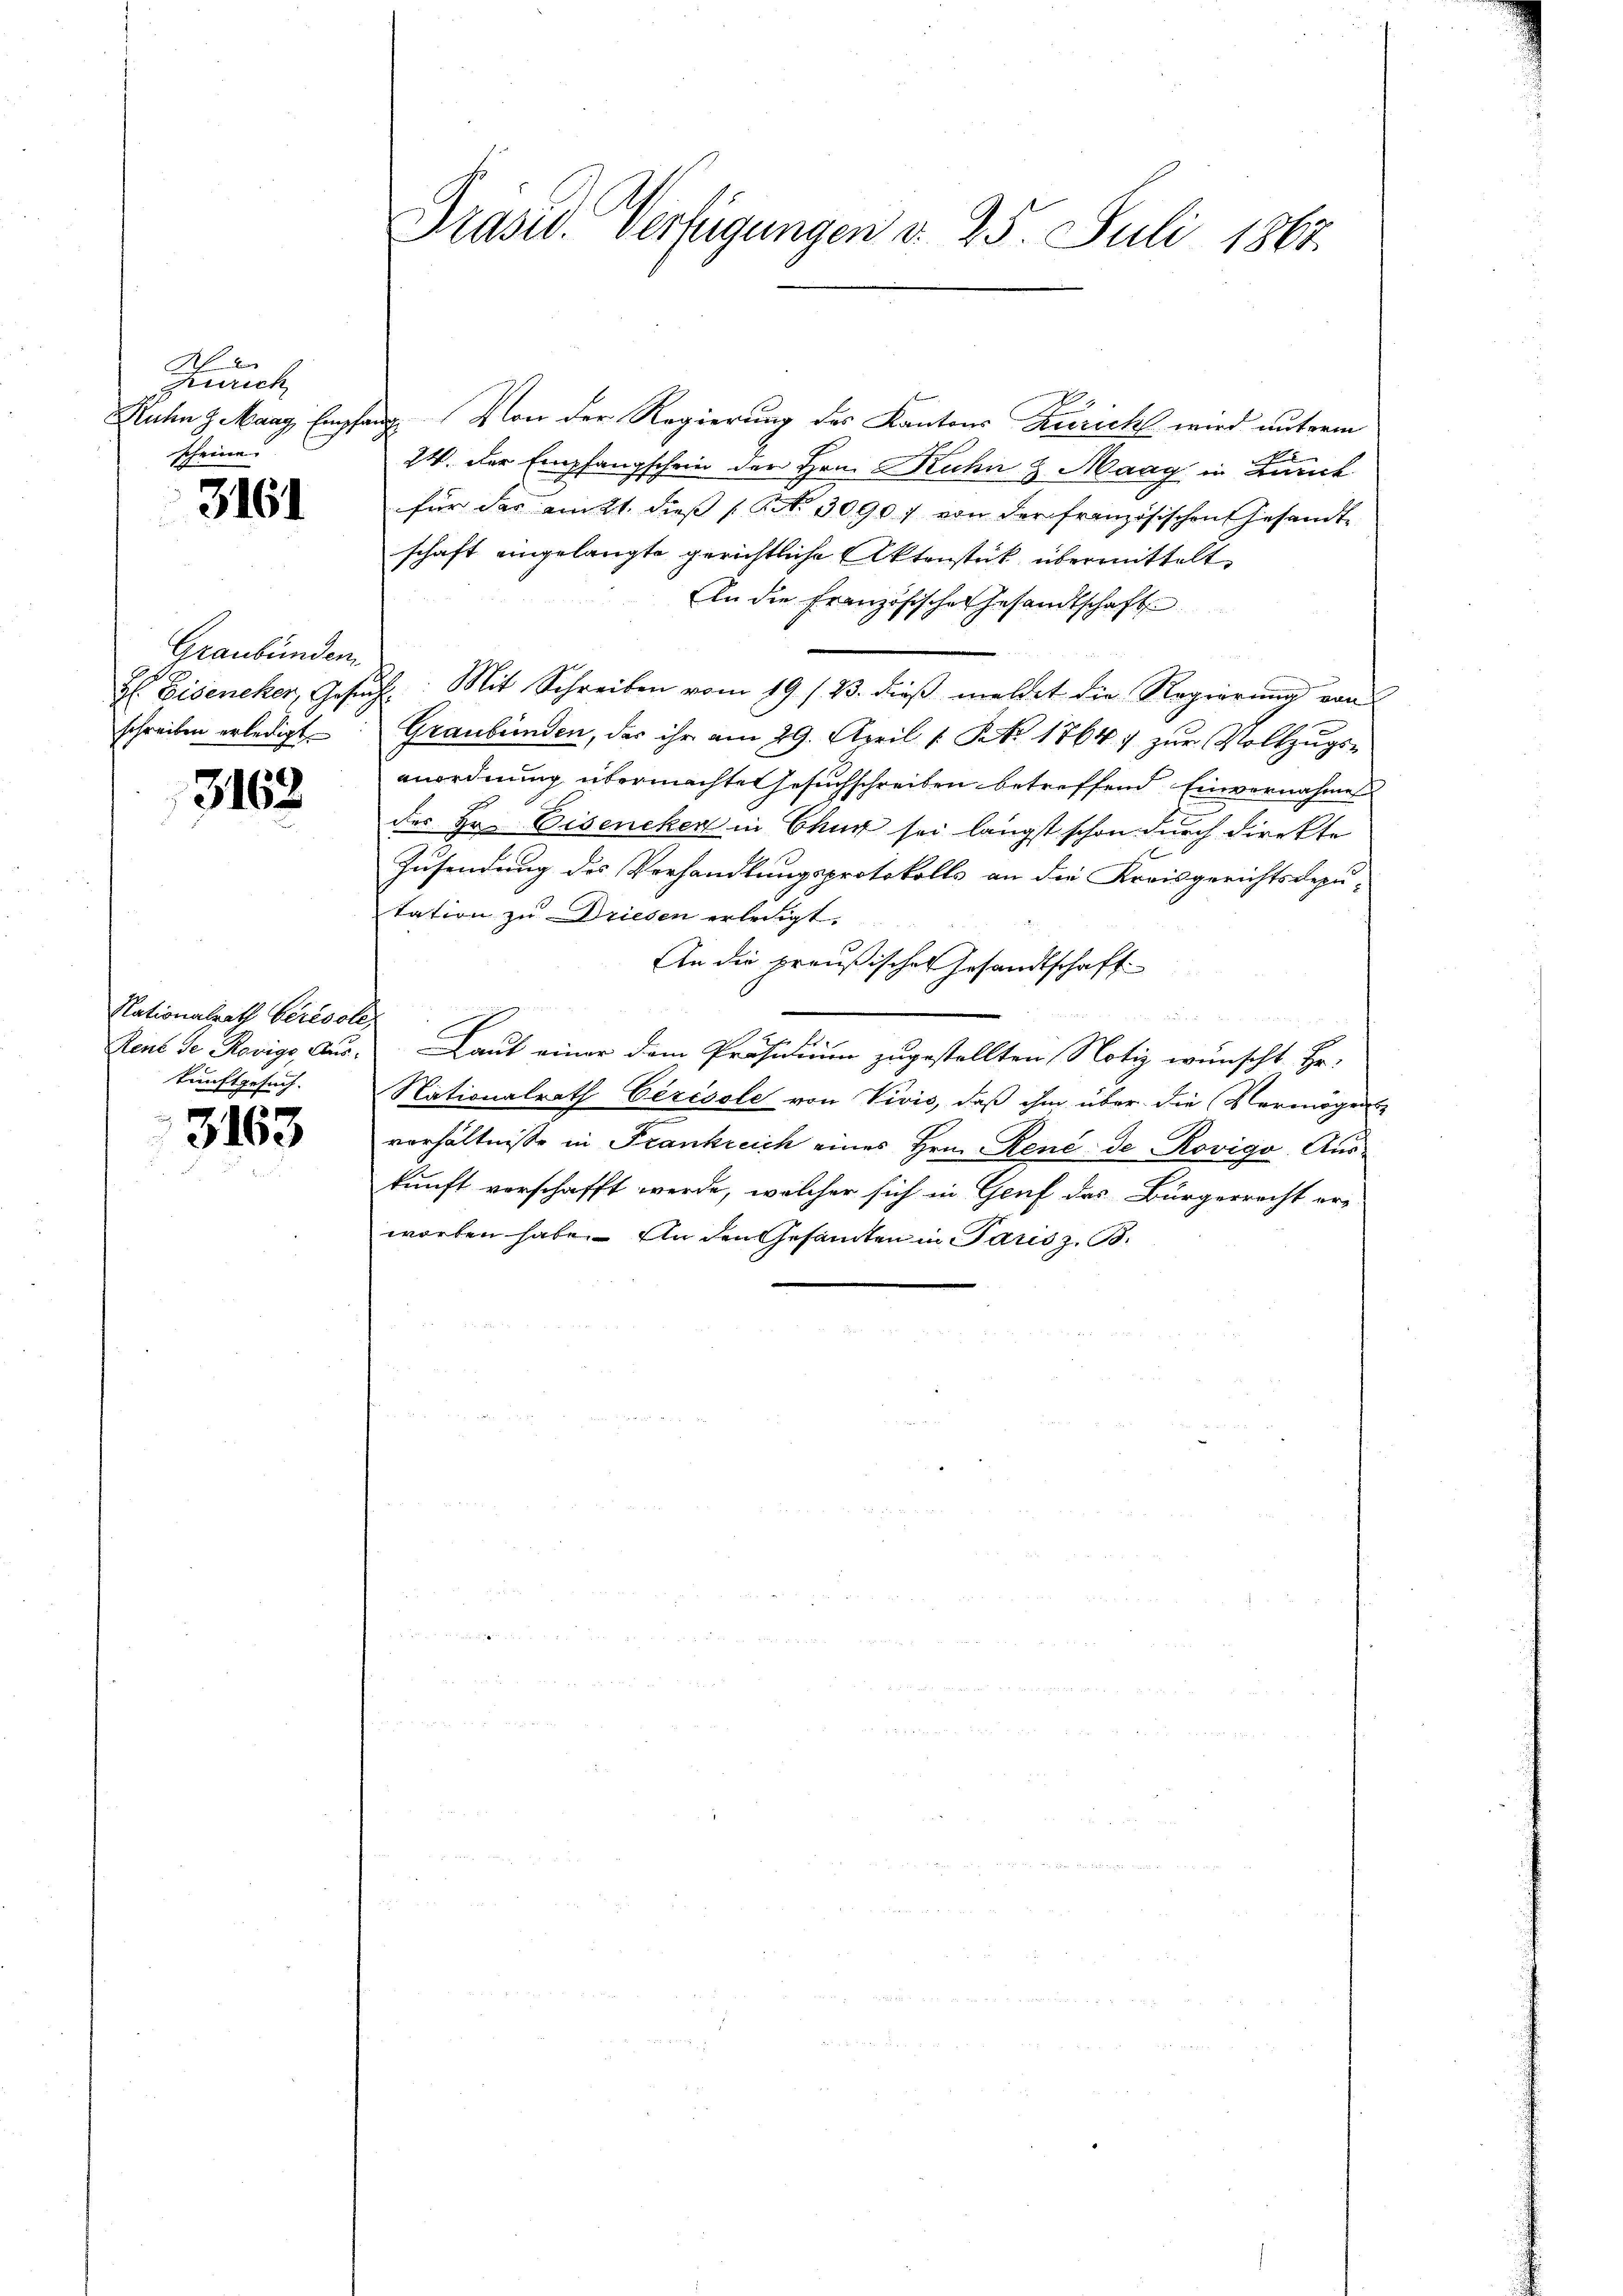
Zürich
scheine. |

3161

Graubünden
schreiben erledigt.

3162

Stationalrath berisole
kunftgesuch.

3163

Ruhn & Maag Empfang. Von der Regierung des Kantons Züricht wird unterm
24. Der Empfangschein den Hrn. Kuhn & Maag in Zürich
für das am 21. dieß (NNo. 30907 von der französischen Gesandt-
schaft eingelangte gerichtliche Aktenstück übermittelt
In die Französisches Gesandtschaft
H: Eiseneker, Gesŭch: Mit Schreiben vom 19. 123. dieβ meldet die Regierung von
Graubünden, das ihr am 29. April [ No 1764 zur Vollzugsanordnung übermachtetesuchschreiben betreffend Einvernahme
der Hr. Eisencken in Chur sei längst schon durch direkte
Zusendung des Verhandlungsprotokolls an die Kreisgerichtsdepu-
tation zu Driesen erledigt.
An die preußisches Gesandtschaft
u
Renl Se Rovige, aus. Laut einer dem Präsidium zugestellten Notiz wünscht Hr.
Nationalrath Cérésole von Vivis, daß ihm über die Vermögens
verhältnisse in Frankreich eines Hrn. René de Rovigo, Auskunft verschafft werde, welcher sich in Genf das Bürgerrecht er-
worten habe. An den Gesamten in Paris z. B.

Präsid. Verfügungen d. 25. Juli 1863.